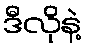
ဒီလိုနဲ့